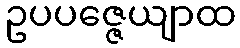
ဥပပဇ္ဇေယျာထ